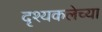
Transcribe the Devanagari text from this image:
दृश्यकलेच्या